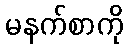
မနက်စာကို